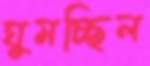
ঘুমচ্ছিল